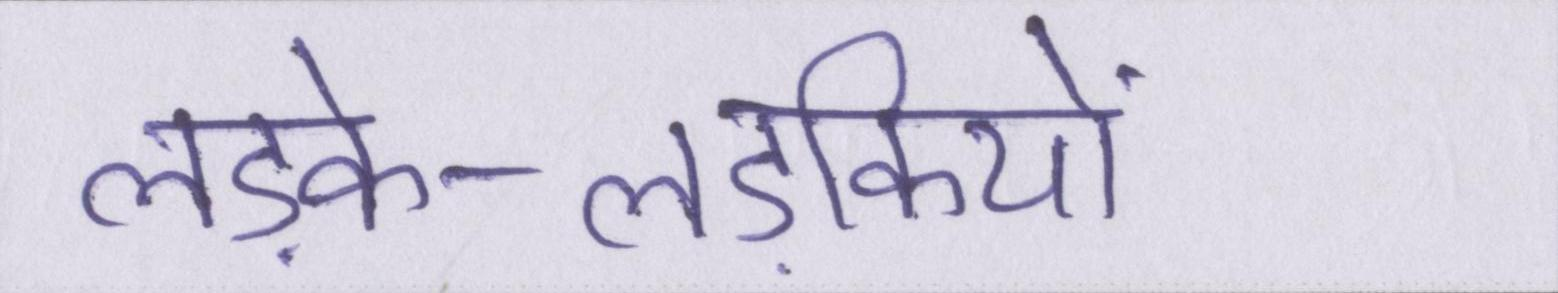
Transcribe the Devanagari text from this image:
लड़के-लड़कियों